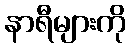
နာရီများကို